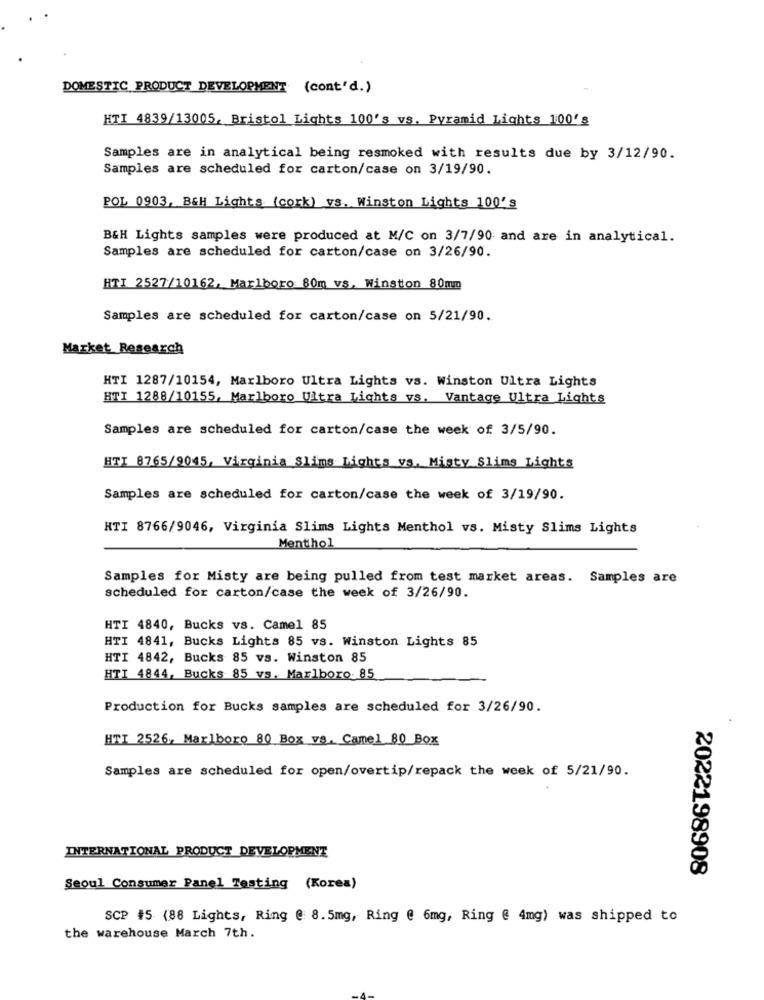
DOMESTIC PRODUCT DEVELOPMENT (cont'd.)
HTI 4839/13005, Bristol Lights 100's vs. Pyramid Lights 100's
Samples are in analytical being resmoked with results due by 3/12/90.
Samples are scheduled for carton/case on 3/19/90.
POL 0903, BEH Lights (cork) vs. Winston Lights 100's
B&H Lights samples were produced at M/C on 3/7/90 and are in analytical.
Samples are scheduled for carton/case on 3/26/90.
HTI 2527/10162, Marlboro 80m vs, Winston 80mm
Samples are scheduled for carton/case on 5/21/90.
Market Research
HTI 1287/10154, Marlboro Ultra Lights vs. Winston Ultra Lights
HTI 1288/10155. Marlboro Ultra Lights vs. Vantage Ultra Lights
Samples are scheduled for carton/case the week of 3/5/90.
HTI 8765/9045, Virginia Slims Lights vs, Misty Slims Lights
Samples are scheduled for carton/case the week of 3/19/90.
HTI 8766/9046, Virginia Slims Lights Menthol vs. Misty Slims Lights
Menthol
Samples for Misty are being pulled from test market areas. Samples are
scheduled for carton/case the week of 3/26/90.
HTI 4840, Bucks vs. Camel 85
HTI 4841, Bucks Lights 85 vs. Winston Lights 85
HTI 4842, Bucks 85 vs. Winston 85
HTI 4844, Bucks 85 vs. Marlboro. 85
Production for Bucks samples are scheduled for 3/26/90.
HTI 2526, Marlboro 80 Box vs. Camel 80 Box
Samples are scheduled for open/overtip/repack the week of 5/21/90.
INTERNATIONAL PRODUCT DEVELOPMENT
2022198908
Seoul Consumer Panel Testing (Korea)
SCP #5 (88 Lights, Ring @ 8.5mg, Ring @ 6mg, Ring @ 4mg) was shipped to
the warehouse March 7th.